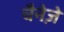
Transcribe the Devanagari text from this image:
चैनेज़े